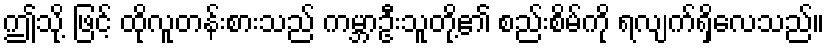
ဤသို့ ဖြင့် ထိုလူတန်းစားသည် ကမ္ဘာဦးသူတို့၏ စည်းစိမ်ကို ရလျက်ရှိလေသည်။